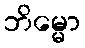
ဘိမ္မော